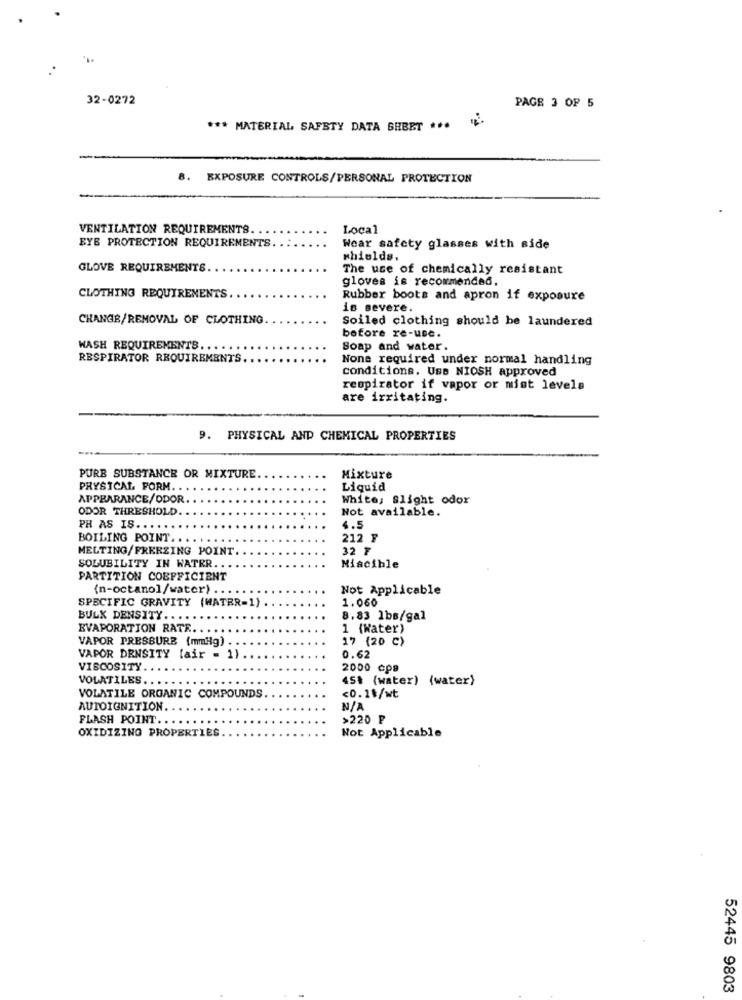
32-0272
PAGE 3 OF 5
*** MATERIAL SAFETY DATA SHEET *** **
8. EXPOSURE CONTROLS/PERSONAL PROTECTION
VENTILATION REQUIREMENTS
Local
EYE PROTECTION REQUIREMENTS.
Wear safety glasses with side
shields,
GLOVE REQUIREMENTS.
The use of chemically resistant
gloves is recommended.
CLOTHING REQUIREMENTS
Rubber boots and apron if exposure
is severe.
CHANGE/REMOVAL OF CLOTHING.
Soiled clothing should be laundered
before re-use.
WASH REQUIREMENTS ..
Soap and water.
RESPIRATOR REQUIREMENTS
None required under normal handling
conditions, USB NIOSH approved
respirator if vapor or mist levels
are irritating.
9. PHYSICAL AND CHEMICAL PROPERTIES
PURE SUBSTANCE OR MIXTURE
Mixture
PHYSICAL FORM ..
Liquid
APPEARANCE/ODOR
White, Slight odor
ODOR THRESHOLD.
Not available.
PH AS IS
4.5
BOILING POINT ..
212 F
MELTING/FREEZING POINT
32 ₸
SOLUBILITY IN WATER.
Miscible
PARTITION COEFFICIENT
(n-octano]/water) ..
Not Applicable
SPECIFIC GRAVITY (WATER=1)
1.060
BULK DENSITY ..
8,83 lbs/gal
EVAPORATION RATE
1 (Water)
VAPOR PRESSURE (mmHg) .
17 (20 C)
VAPOR DENSITY [air = "
0.62
VISCOSITY.
2000 cpa
VOLATILES ..
4St (water) (water)
VOLATILE ORGANIC COMPOUNDS
<0.1$/wt
AUTOIGNITION.
FLASH POINT.
>220 ₽
Not Applicable
OXIDIZING PROPERTIES.
52445 9803